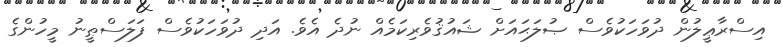
އިސްރާޢީލުން ދުވަހަކުވެސް ޞުލަޙައަށް ޝައުޤުވެރިކަމެއް ނުދެ އެވެ. އަދި ދުވަހަކުވެސް ފަލަސްޠީނު މީހުންގެ